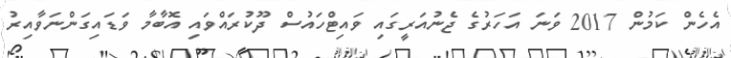
އެހެން ކަމުން 2017 ވަނަ އަހަރުގެ ޖެނުއަރީގައި ވައިޓްހައުސް ދޫކުރައްވައި އޮބާމާ ވަޑައިގަންނަވާއިރު